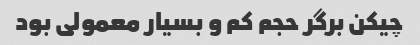
چیکن برگر حجم کم و بسیار معمولی بود